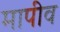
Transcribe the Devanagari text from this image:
मापीव